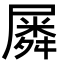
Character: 𡳞